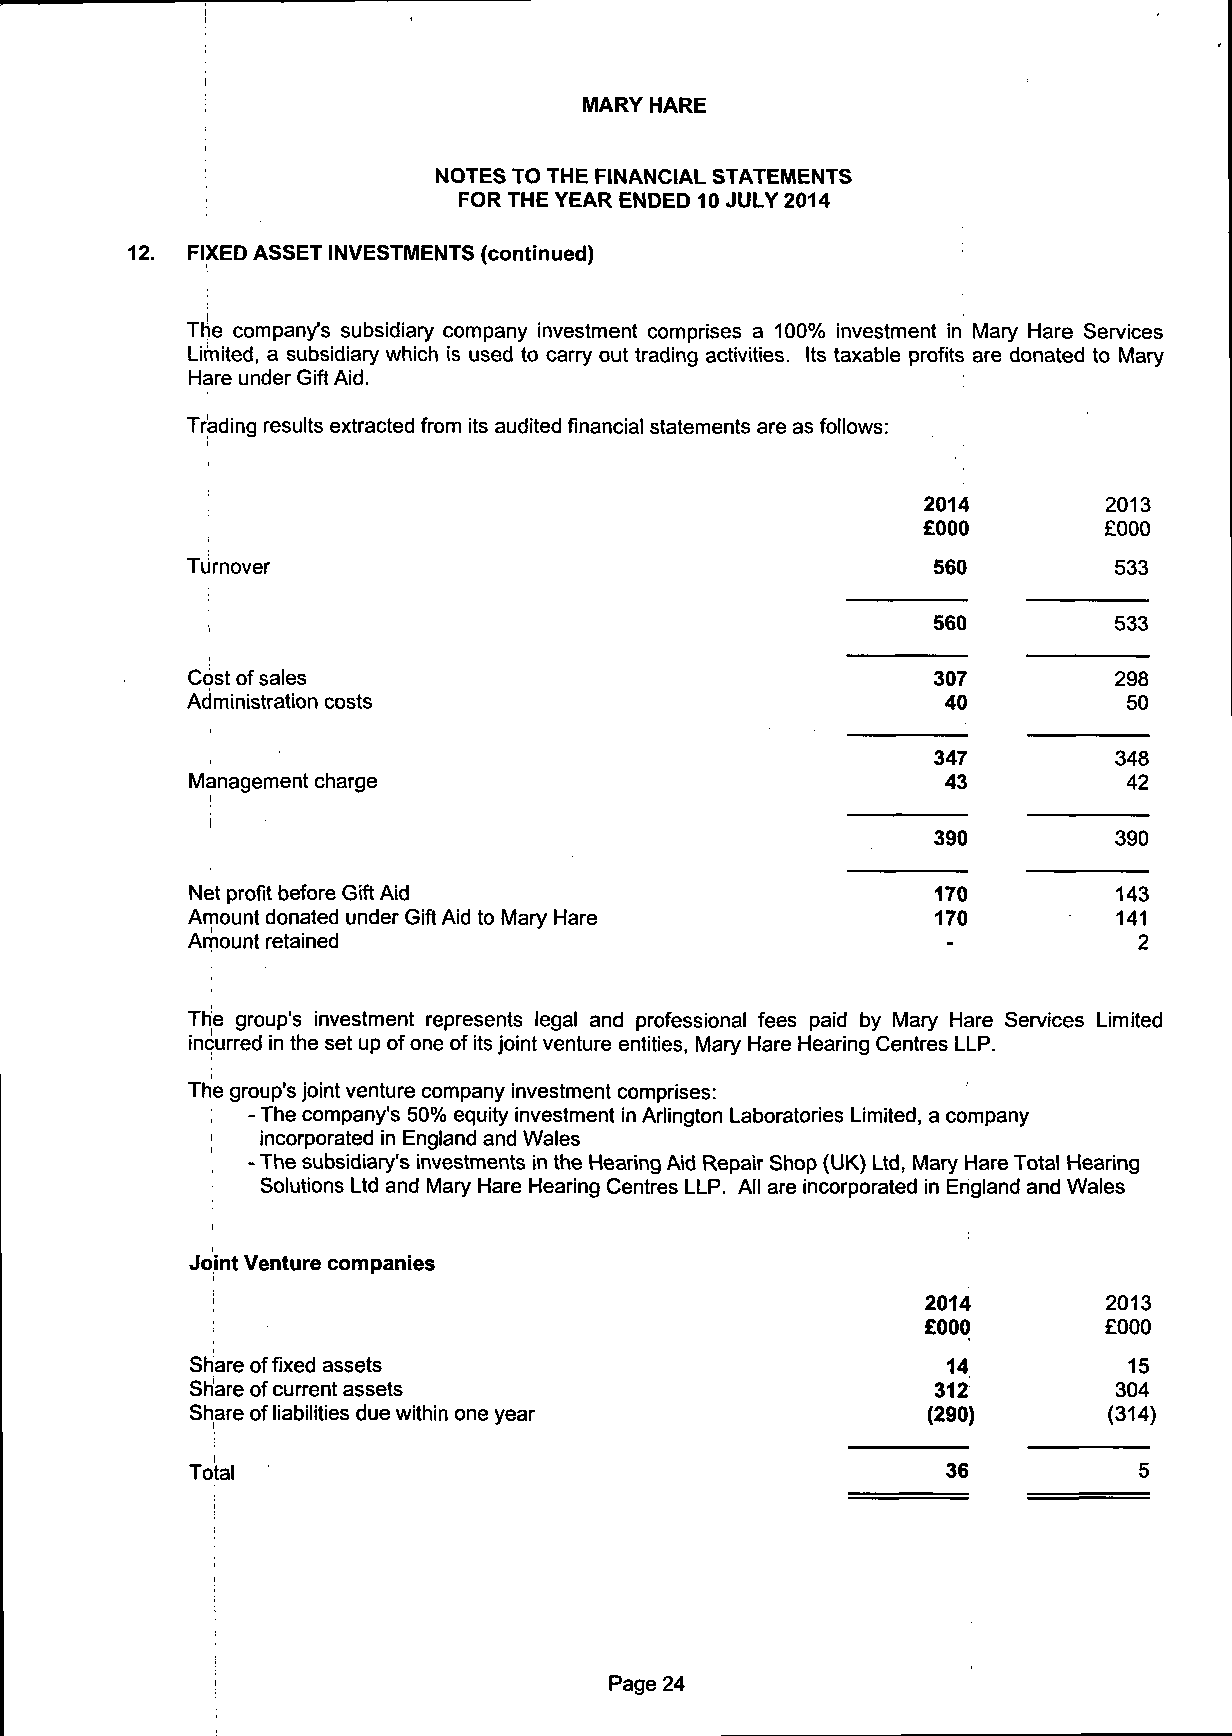
MARY HARE
 NOTES TO THE FINANCIAL STATEMENTS
 FOR THE YEAR ENDED 10 JULY 2014
 12. FIXED ASSET INVESTMENTS (continued)
 The company's subsidiary company investment comprises a 100% investment in Mary Hare Services
 Limited, a subsidiary which is used to carry out trading activities. Its taxable profits are donated to Mary
 Hare under Gift Aid.
 Trading results extracted from its audited financial statements are as follows:
 2014        2013
 £000        £000
 Turnover                                          560         533
 560         533
 Cost of sales                                     307         298
 Administration costs                               40          50
 347         348
 Management charge                                 43          42
 '                                               390         390
 Net profit before Gift Aid                       170         143
 Amount donated under Gift Aid to Mary Hare        170         141
 Amount retained                                    -           2
 The group's investment represents legal and professional fees paid by Mary Hare Services Limited
 incurred in the set up of one of its joint venture entities, Mary Hare Hearing Centres LLP.
 The group's joint venture company investment comprises:
 - The company's 50% equity investment in Arlington Laboratories Limited, a company
 |  incorporated in England and Wales
 - The subsidiary's investments in the Hearing Aid Repair Shop (UK) Ltd, Mary Hare Total Hearing
 Solutions Ltd and Mary Hare Hearing Centres LLP. All are incorporated in England and Wales
 Joint Venture companies
 2014        2013
 £000        £000
 Share of fixed assets                             14          15
 Share of current assets                          312         304
 Share of liabilities due within one year        (290)       (314)
 Total                                             36          5
 Page 24